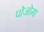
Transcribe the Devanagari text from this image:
पोजोमा